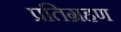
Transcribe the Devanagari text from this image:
प्रतिग्रहण